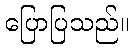
ပြောပြသည်။